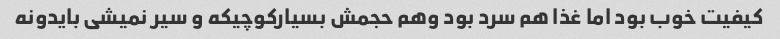
کیفیت خوب بود اما غذا هم سرد بود وهم حجمش بسیارکوچیکه و سیر نمیشی بایدونه